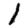
Digit: 1